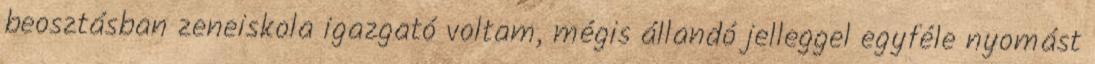
beosztásban zeneiskola igazgató voltam, mégis állandó jelleggel egyféle nyomást